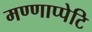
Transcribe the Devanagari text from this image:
मण्णाप्पेटि